Lunatic asylums Punjab 1895-1910 - 1895-1910
Year: 1895
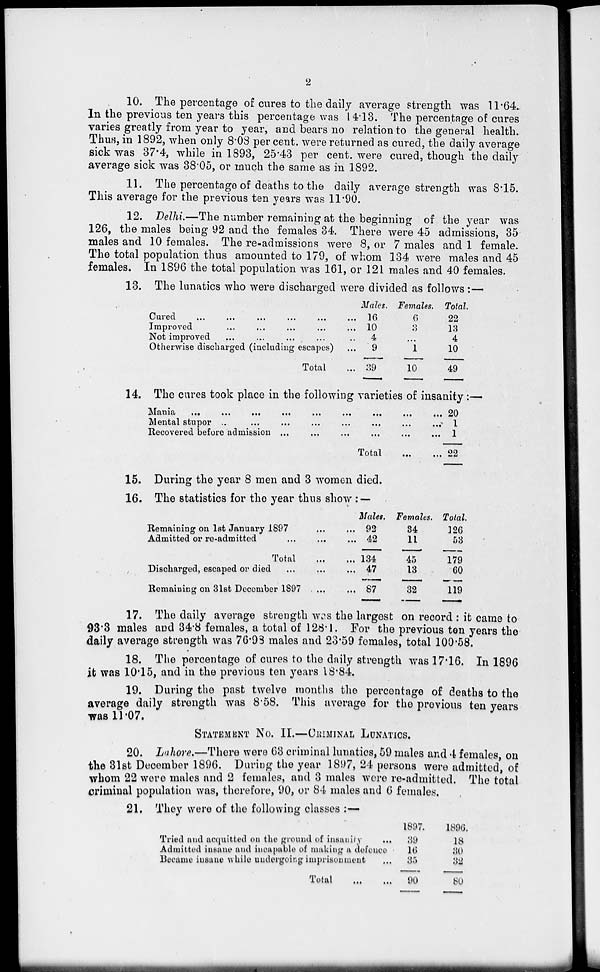
2
10. The percentage of cures to the daily average strength was 11.64.
In the previous ten years this percentage was 14.13. The percentage of cures
varies greatly from year to year, and bears no relation to the general health.
Thus, in 1892, when only 8.08 per cent. were returned as cured, the daily average
sick was 37.4, while in 1893, 25.43 per cent. were cured, though the daily
average sick was 38.05, or much the same as in 1892.
11. The percentage of deaths to the daily average strength was 8.15.
This average for the previous ten years was 11.90.
12. Delhi.—The number remaining at the beginning of the year was
126, the males being 92 and the females 34. There were 45 admissions, 35
males and 10 females. The re-admissions were 8, or 7 males and 1 female.
The total population thus amounted to 179, of whom 134 were males and 45
females. In 1896 the total population was 161, or 121 males and 40 females.
13. The lunatics who were discharged were divided as follows :—
Cured ... ... ... ... ... ...
Improved ... ... ... ... ... ...
Not improved ... ... ... ... ... ...
Otherwise discharged (including escapes) ...
Total ...
Males.
16
10
4
9
39
Females.
6
8
...
1
10
Total.
22
13
4
10
49
14. The cures took place in the following varieties of insanity:—
Mania
...
...
...
...
...
...
...
...
Mental stupor ... ... ... ... ... ... ... ...
Recovered before admission ... ... ... ... ... ...
Total ...
20
1
1
22
15. During the year 8 men and 3 women died.
16. The statistics for the year thus show :—
Remaining on 1st January 1897 ... ...
Admitted or re-admitted ... ...
...
Total...
...
Discharged, escaped or died ... ... ...
Remaining on 31st December 1897 ... ....
Males.
92
42
134
47
87
Females.
34
11
45
13
32
Total.
126
53
179
60
119
17. The daily average strength was the largest on record : it came to
93.3 males and 34.8 females, a total of 128.1. For the previous ten years the
daily average strength was 76.93 males and 23.59 females, total 100.58.
18. The percentage of cures to the daily strength was 17.16. In 1896
it was 10.15, and in the previous ten years 18.84.
19. During the past twelve months the percentage of deaths to the
average daily strength was 8.58. This average for the previous ten years
was 11.07.
STATEMENT No. II.—CRIMINAL LUNATICS.
20. Lahore.—There were 63 criminal lunatics, 59 males and 4 females, on
the 31st December 1896. During the year 1897, 24 persons were admitted, of
whom 22 were males and 2 females, and 3 males were re-admitted. The total
criminal population was, therefore, 90, or 84 males and 6 females,
21. They were of the following classes :—
Tried and acquitted on the ground of insanity ...
Admitted insane and incapable of making a defence
Became insane while undergoing imprisonment
Total
...
...
1897.
39
16
35
90
1896.
18
30
32
80